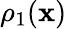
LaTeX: \rho_{1}(\mathbf{x})